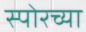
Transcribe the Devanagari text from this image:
स्पोरच्या